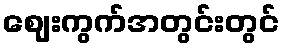
ဈေးကွက်အတွင်းတွင်